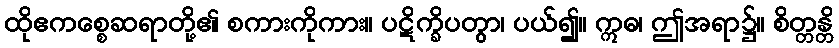
ထိုဧကစ္စေဆရာတို့၏ စကားကိုကား။ ပဋိက္ခိပတွာ၊ ပယ်၍။ ဣဓ၊ ဤအရာ၌။ စိတ္တန္တိ